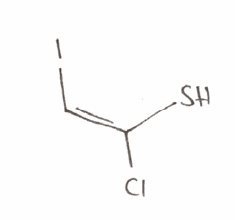
Simplified molecular-input line-entry system (SMILES) notation of the given molecule:
C(=C(\S)/Cl)\I